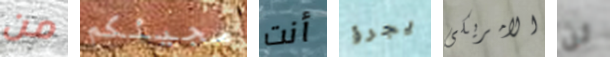
من مجيئكم أنت يجرؤ الامريكى لن